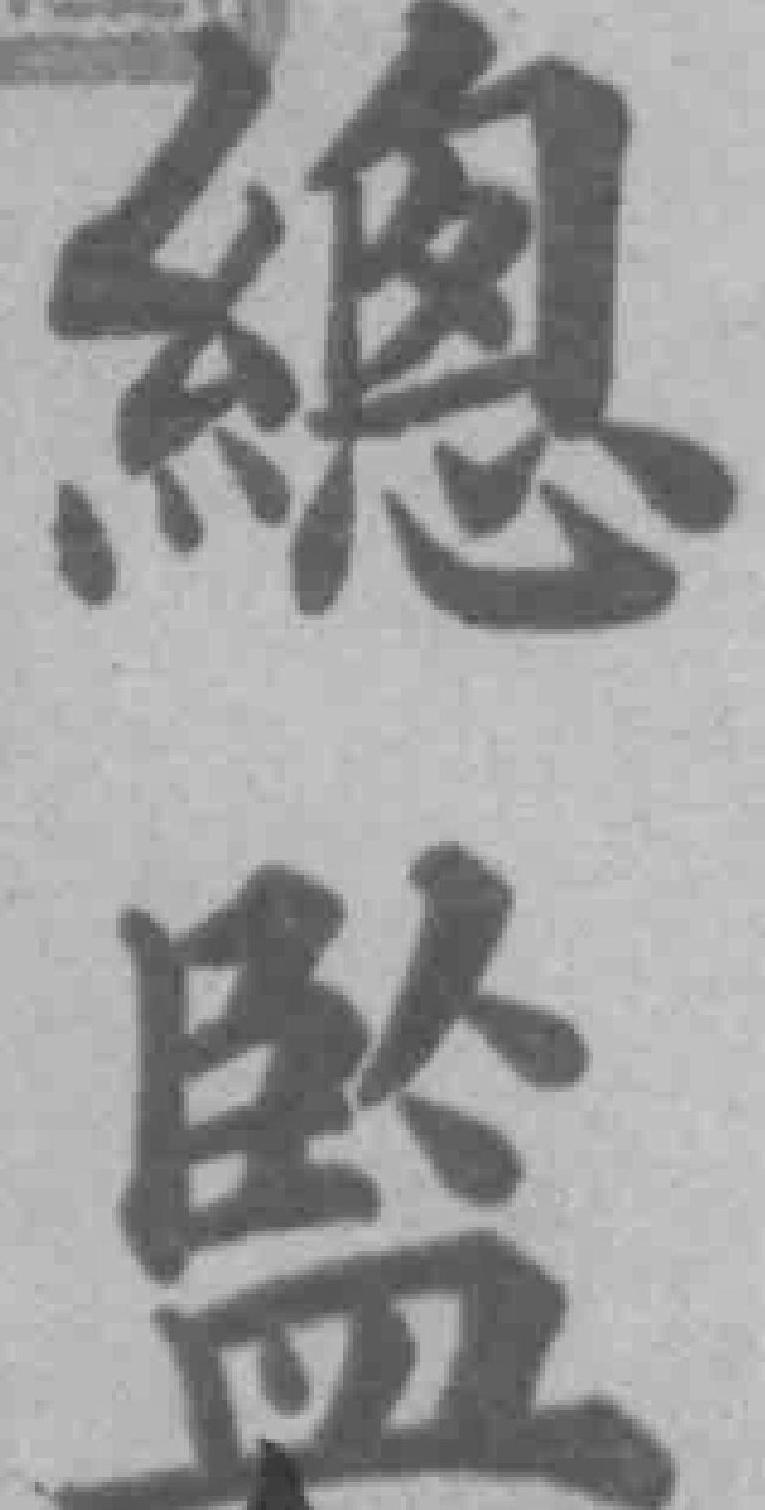
總監